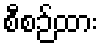
စီစဉ်ထား